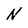
Character: N